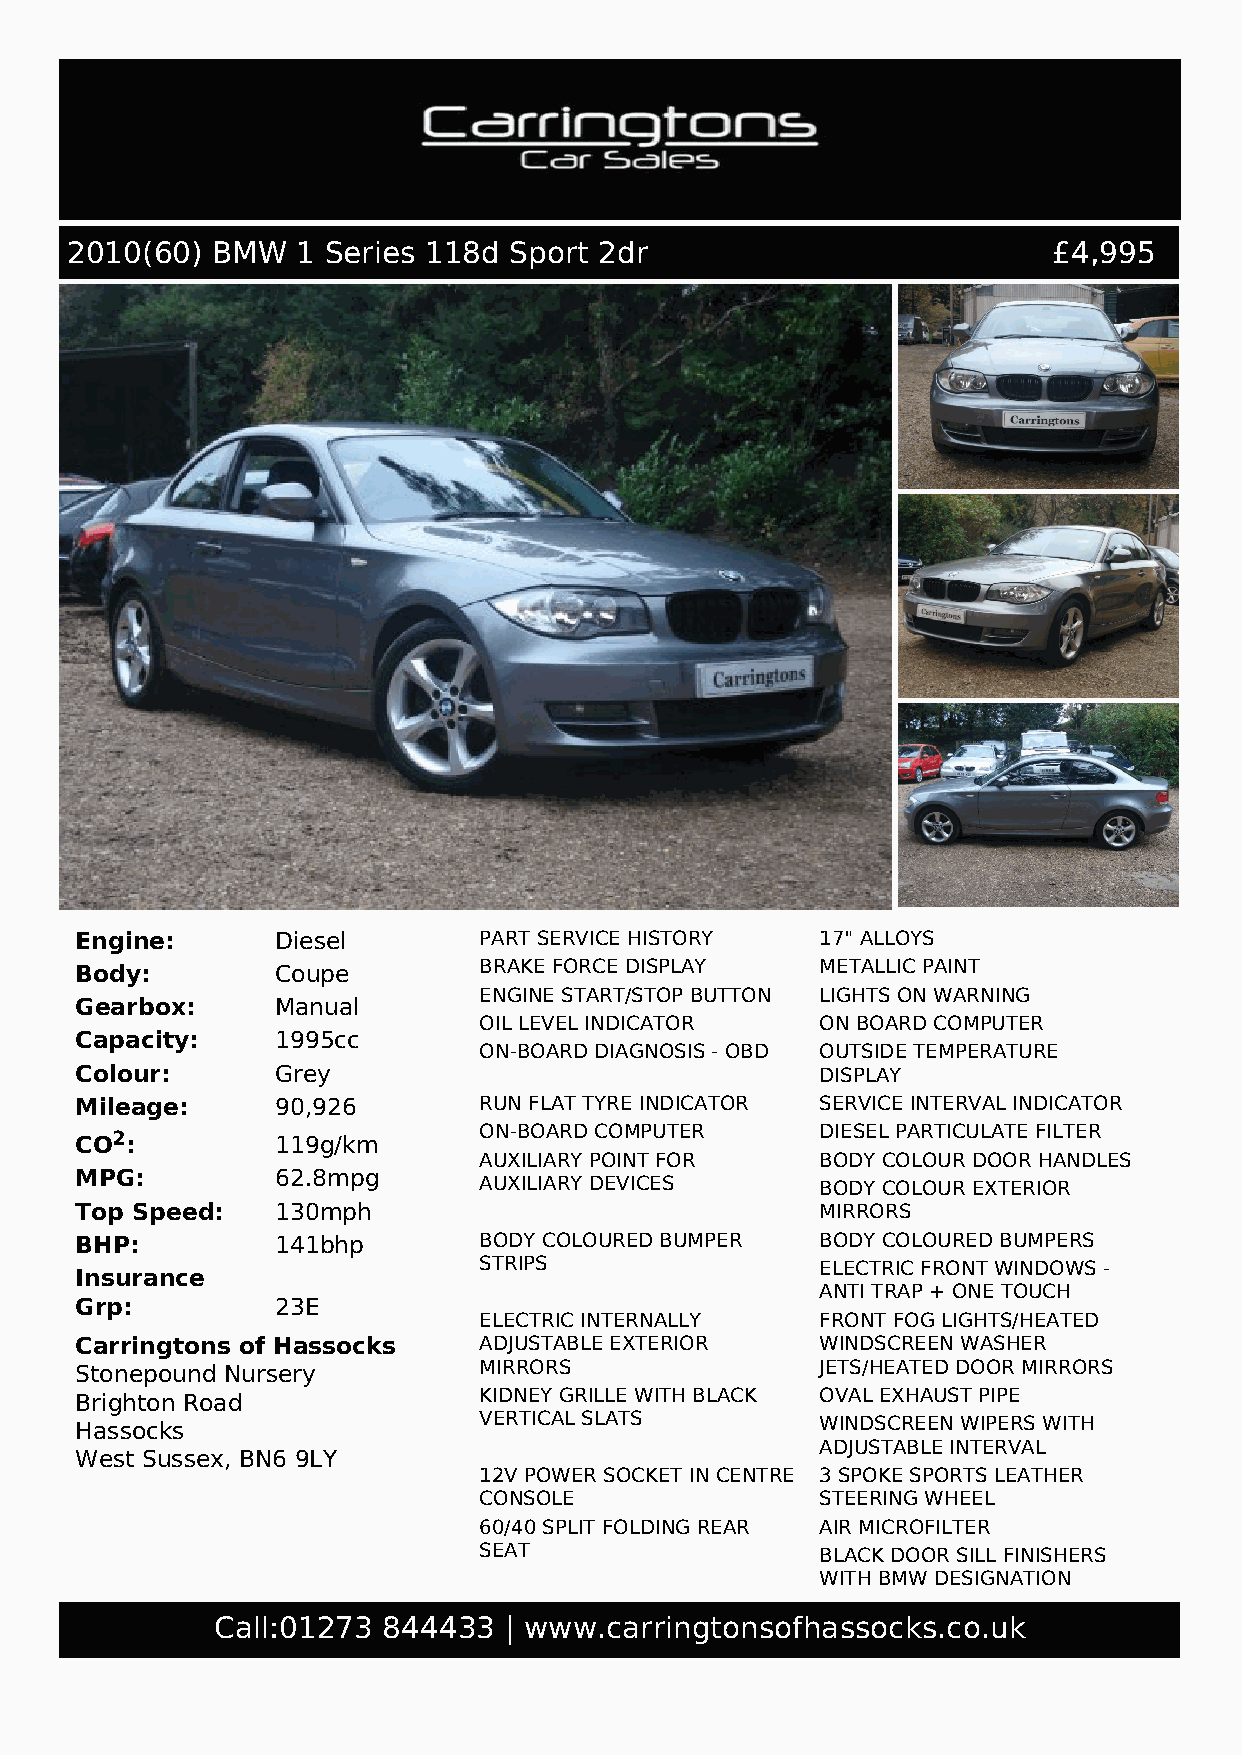
2010(60)  BMW   1 Series 118d Sport 2dr                           £4,995
 Engine:      Diesel        PART SERVICE HISTORY  17" ALLOYS
 Body:        Coupe         BRAKE FORCE DISPLAY   METALLIC PAINT
 ENGINE START/STOP BUTTON LIGHTS ON WARNING
 Gearbox:     Manual
 OIL LEVEL INDICATOR   ON BOARD COMPUTER
 Capacity:    1995cc
 ON-BOARD DIAGNOSIS - OBD OUTSIDE TEMPERATURE
 Colour:      Grey                                DISPLAY
 Mileage:     90,926        RUN FLAT TYRE INDICATOR SERVICE INTERVAL INDICATOR
 CO2:         119g/km       ON-BOARD COMPUTER     DIESEL PARTICULATE FILTER
 AUXILIARY POINT FOR   BODY COLOUR DOOR HANDLES
 MPG:         62.8mpg
 AUXILIARY DEVICES     BODY COLOUR EXTERIOR
 Top Speed:   130mph                              MIRRORS
 BHP:         141bhp        BODY COLOURED BUMPER  BODY COLOURED BUMPERS
 STRIPS                ELECTRIC FRONT WINDOWS -
 Insurance
 ANTI TRAP + ONE TOUCH
 Grp:         23E
 ELECTRIC INTERNALLY   FRONT FOG LIGHTS/HEATED
 Carringtons of Hassocks    ADJUSTABLE EXTERIOR   WINDSCREEN WASHER
 Stonepound Nursery         MIRRORS               JETS/HEATED DOOR MIRRORS
 Brighton Road              KIDNEY GRILLE WITH BLACK OVAL EXHAUST PIPE
 Hassocks                   VERTICAL SLATS        WINDSCREEN WIPERS WITH
 ADJUSTABLE INTERVAL
 West Sussex, BN6 9LY
 12V POWER SOCKET IN CENTRE 3 SPOKE SPORTS LEATHER
 CONSOLE               STEERING WHEEL
 60/40 SPLIT FOLDING REAR AIR MICROFILTER
 SEAT                  BLACK DOOR SILL FINISHERS
 WITH BMW DESIGNATION
 DRIVER/PASSENGER      FLOOR MATS
 Call:01273 844433  | www.carringtonsofhassocks.co.uk
 SUNVISORS WITH TICKET FRONT HEAD RESTRAINTS
 HOLDERS + VANITY MIRRORS
 FRONT PASSENGER ISOFIX